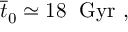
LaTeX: { \overline { { { t } } } } _ { 0 } \simeq 1 8 \; \mathrm { ~ G y r ~ } ,